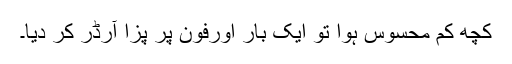
کچھ کم محسوس ہوا تو ایک بار اورفون پر پِزا آرڈر کر دیا۔